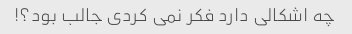
چه اشکالی دارد فکر نمی کردی جالب بود؟!